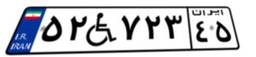
۵۲W۷۲۳۴۵